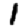
Digit: 1